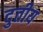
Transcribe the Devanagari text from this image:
दुतीय